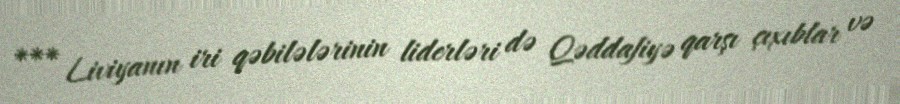
*** Liviyanın iri qəbilələrinin liderləri də Qəddafiyə qarşı çıxıblar və